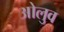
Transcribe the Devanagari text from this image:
ओलुव